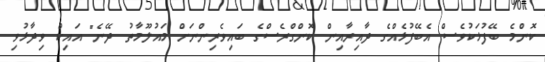
ކޮންމެ ބޭފުޅަކުވެސް އެބޭފުޅެއްގެ ދާއިރާއިން ކޮންގްރެސްގެ ބައިވެރިންނަށް މައުލޫމާތު ދޭނެ" އައިކް ވިދާޅުވި